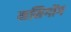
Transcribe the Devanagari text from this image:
मनिगोंग